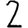
Digit: 2